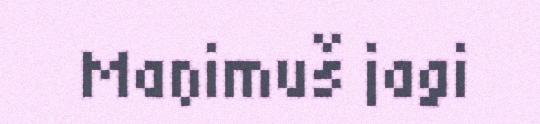
Maŋimuš jagi